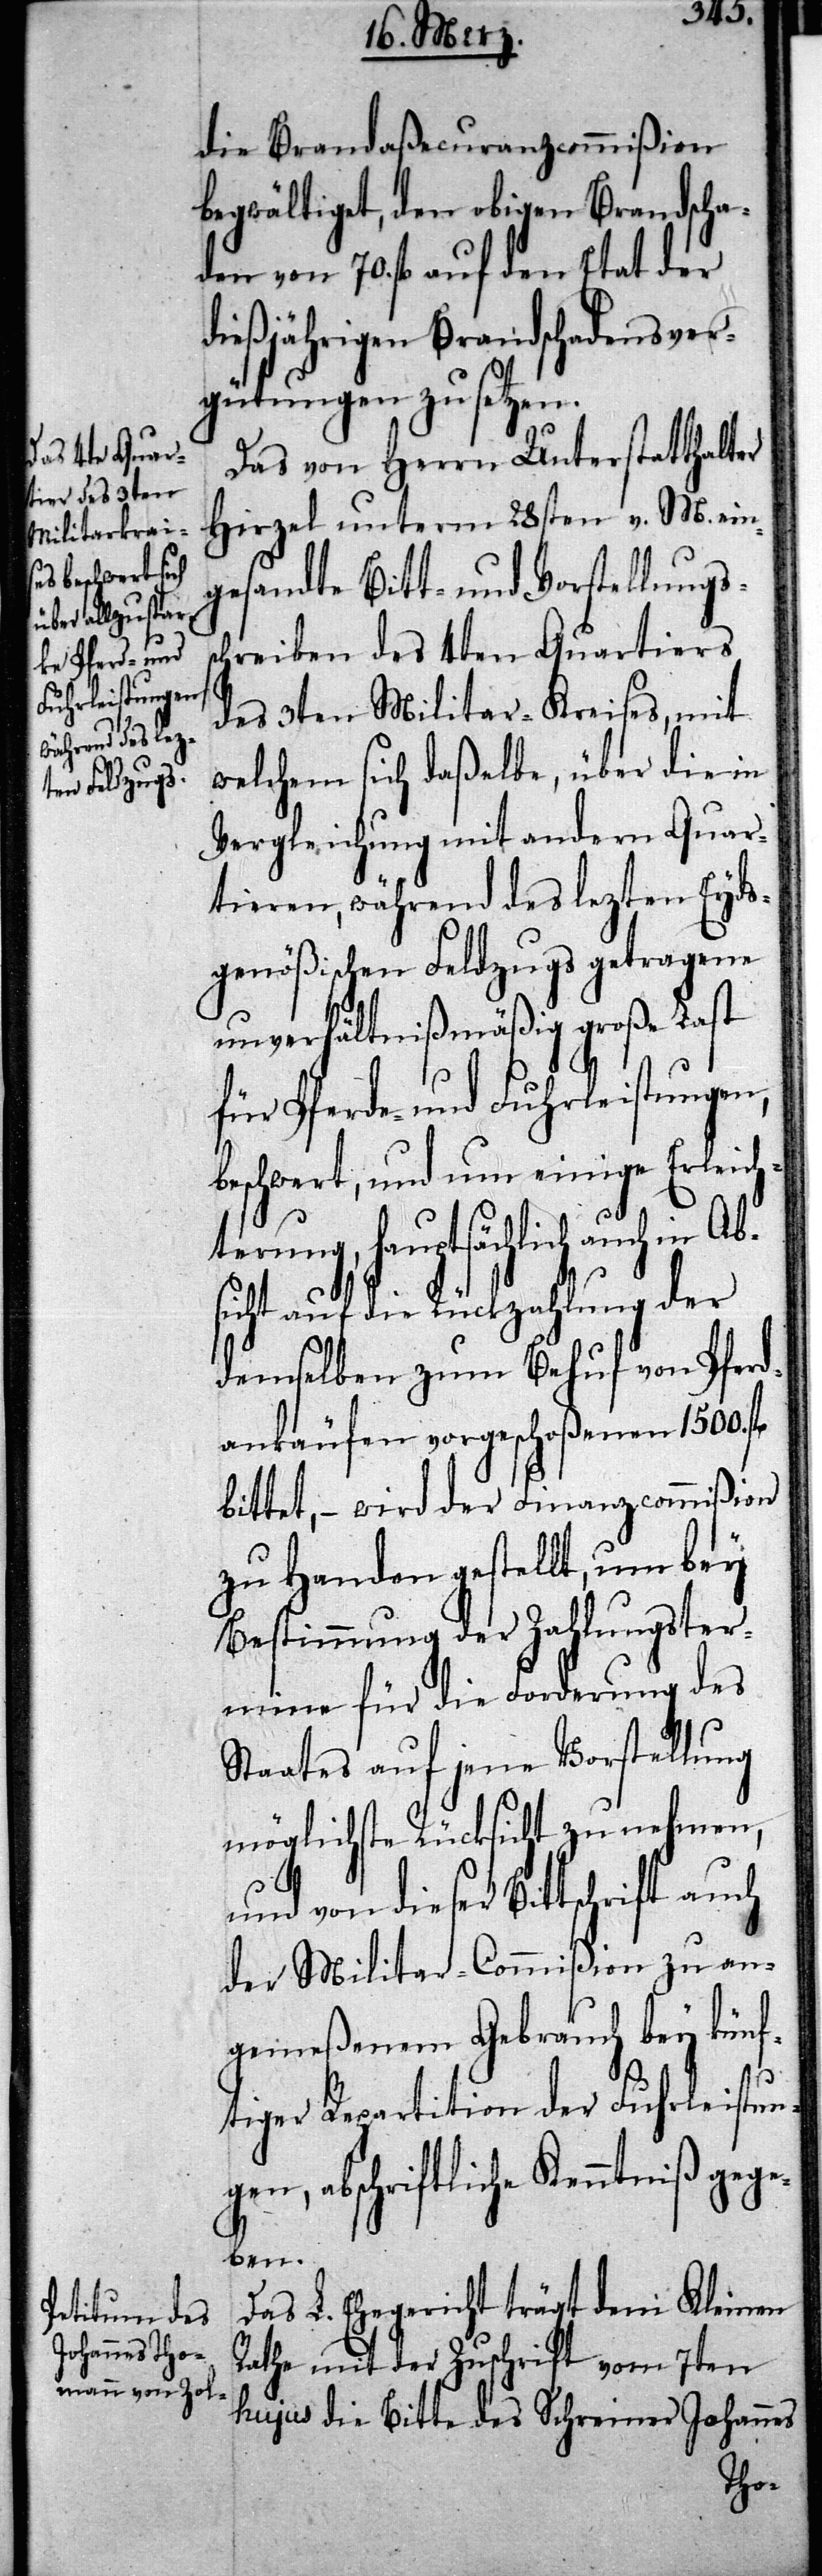
s¬

die Brandaßecuranzcommißion
begwältiget, den obigen Brandscha¬
den von 70. fl auf den Etat der
dießjährigen Brandschadensver¬
gütungen zu setzen.
Das von Herrn Unterstatthalter
Hirzel unterm 28sten v. M. ein¬
gesandte Bitt- und Vorstellungs¬
chreiben des 4ten Quartiers
des 3ten Militar-Kreises, mit
welchem sich daßelbe, über die in
Vergleichung mit andern Quar¬
tieren, während des lezten Eyds¬
genößischen Feldzugs getragene
unverhältnißmäßig große Last
für Pferde- und Fuhrleistungen,
beschwert, und um einige Erleich¬
terung, hauptsächlich auch in Ab¬
sicht auf die Rückzahlung der
demselben zum Behuf von Pferd¬
ankäufen vorgeschoßenen 1500. fl
bittet, – wird der Finanzcommißion
zu Handen gestellt, um bey
Bestimmung der Zahlungster¬
mine für die Forderung des
Staates auf jene Vorstellung
möglichste Rücksicht zu nehmen,
und von dieser Bittschrift auch
der Militar-Commißion zu an¬
gemeßenem Gebrauch bey künf¬
tiger Repartition der Fuhrleistung¬
en, abschriftliche Kenntniß gege¬
ben.
Das L. Ehegericht trägt dem Kleinen
Rathe mit der Zuschrift vom 7ten
hujus die Bitte des Schreiner Johannes